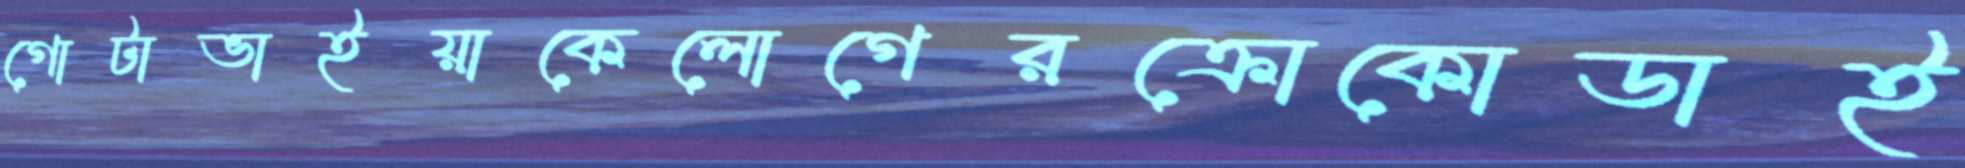
গোটাভাইয়াকেলোগেরক্রোকোডাই